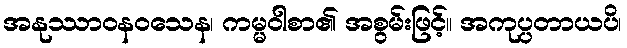
အနုဿာဝနဝသေန၊ ကမ္မဝါစာ၏ အစွမ်းဖြင့်။ အကုပ္ပတာယပိ၊